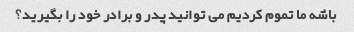
باشه ما تموم کردیم می توانید پدر و برادر خود را بگیرید؟